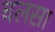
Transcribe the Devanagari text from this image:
चलसा